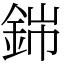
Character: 銟